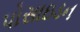
પોસાઇડન